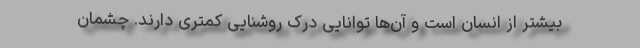
بیشتر از انسان‌ است و آن‌ها توانایی درک روشنایی کمتری دارند. چشمان